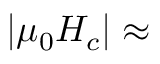
| \mu _ { 0 } H _ { c } | \approx